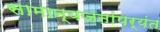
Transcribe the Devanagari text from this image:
सामान्यजनांपर्यंत